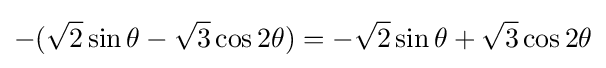
-({\sqrt {2}}\sin {\theta }-{\sqrt {3}}\cos {2\theta })=-{\sqrt {2}}\sin {\theta }+{\sqrt {3}}\cos {2\theta }